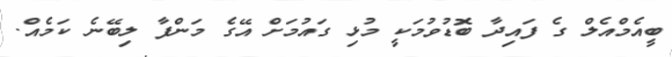
ބީއެމްއެލް ގެ ފައިދާ ބޮޑުވުމަކީ މުޅި ގައުމަށް އޭގެ މަންފާ ލިބޭނެ ކަމެއް.